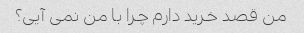
من قصد خرید دارم چرا با من نمی آیی؟